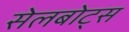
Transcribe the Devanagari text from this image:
सेलबोट्स